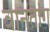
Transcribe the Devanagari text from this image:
वानतांग